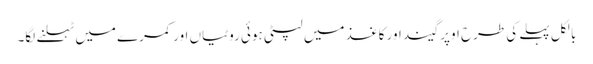
بالکل پہلے کی طرح اوپر گیند اور کاغذ میں لپٹی ہوئی روٹیاں اور کمرے میں ٹہلنے لگا۔